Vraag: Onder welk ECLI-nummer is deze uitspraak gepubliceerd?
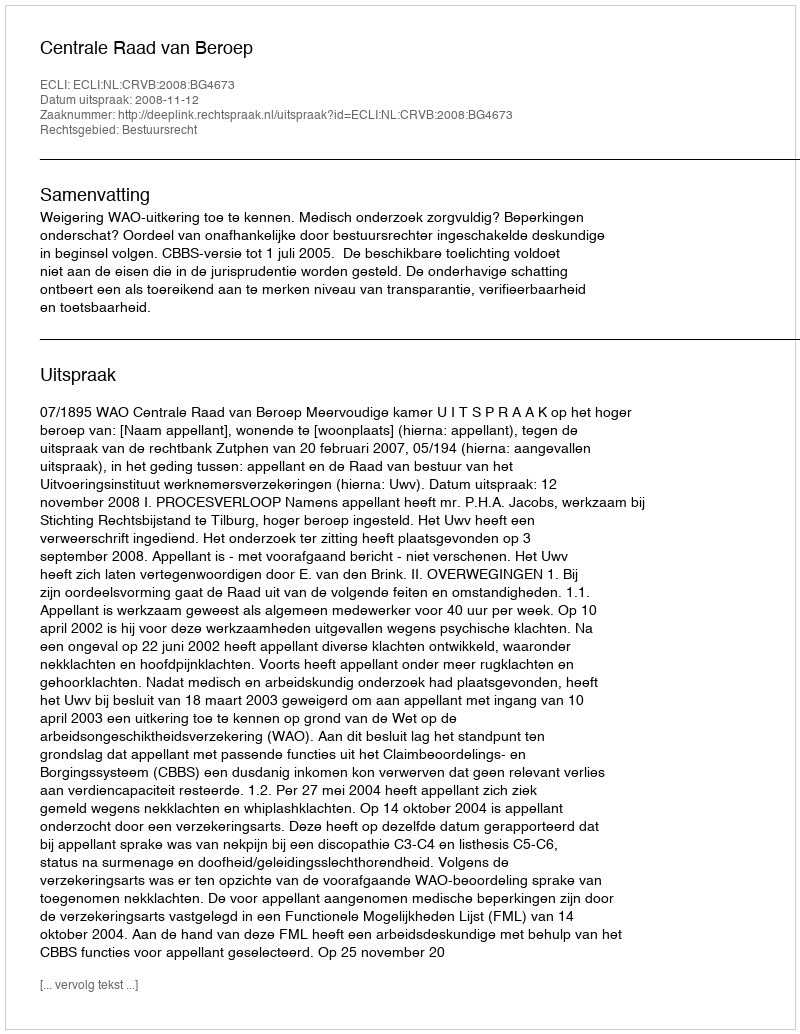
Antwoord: ECLI:NL:CRVB:2008:BG4673